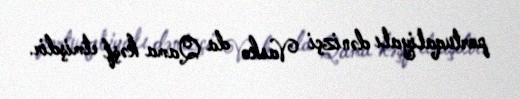
portuqaliyalı dənizçi Vasko da Qama kəşf etmişdir.